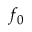
f _ { 0 }